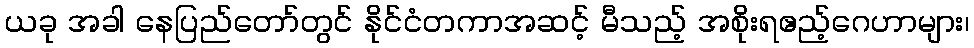
ယခု အခါ နေပြည်တော်တွင် နိုင်ငံတကာအဆင့် မီသည့် အစိုးရဧည့်ဂေဟာများ၊